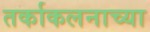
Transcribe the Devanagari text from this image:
तर्काकलनाच्या